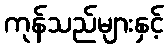
ကုန်သည်များနှင့်